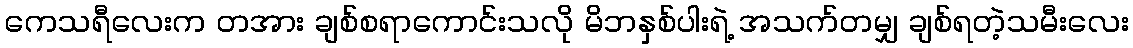
ကေသရီလေးက တအား ချစ်စရာကောင်းသလို မိဘနှစ်ပါးရဲ့ အသက်တမျှ ချစ်ရတဲ့သမီးလေး